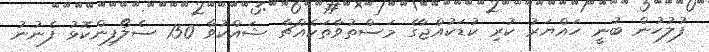
ފުލުހުން ބުނީ ހައްޔަރު ކުރި ކުޑަކުއްޖާގެ މަސްތުވާތަކެއްޗާ ޝައްކުވާ 150 ސެލޯފިންކޮޅު ފެނުނު